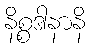
နိစ္စဒါနာနိ